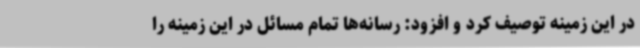
در این زمینه توصیف کرد و افزود: رسانه‌ها تمام مسائل در این زمینه را